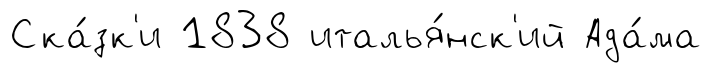
Ска́зк'и 1838 италья́нск'ий Ада́ма